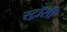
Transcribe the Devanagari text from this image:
स्ट्रॉसी